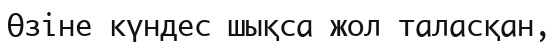
Өзіне күндес шықса жол таласқан,